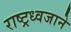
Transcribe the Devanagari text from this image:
राष्ट्रध्वजाने